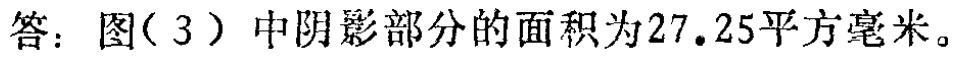
答：图（3）中阴影部分的面积为\(27.25\)平方毫米。